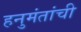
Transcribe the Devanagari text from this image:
हनुमंतांची